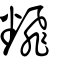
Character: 飜